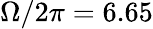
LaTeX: \Omega/2\pi=6.65